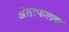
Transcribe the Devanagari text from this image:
अंतःफलक